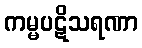
ကမ္မပဋိသရဏာ